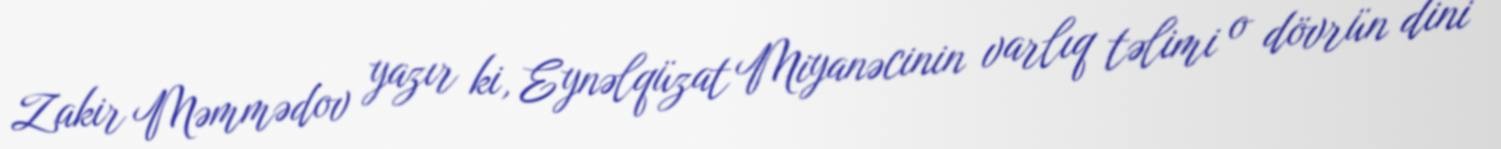
Zakir Məmmədov yazır ki, Eynəlqüzat Miyanəcinin varlıq təlimi o dövrün dini